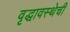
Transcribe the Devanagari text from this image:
वृद्धावस्थेची